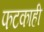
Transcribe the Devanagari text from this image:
फटकाही